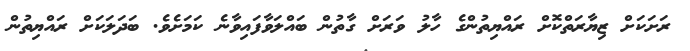
ރަށަކަށް ޒިޔާރަތްކޮށް ރައްޔިތުންގެ ހާލު ވަރަށް ގާތުން ބައްލަވާފައިވާނެ ކަމަށެވެ. ބަދަލަކަށް ރައްޔިތުން